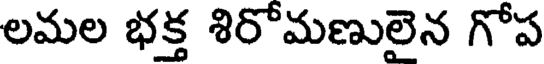
లమల భక్త శిరోమణులైన గోప